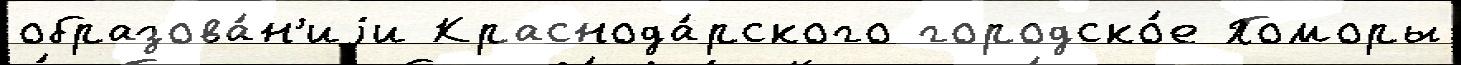
образова́н'иjи Краснода́рского городско́е Поморы